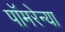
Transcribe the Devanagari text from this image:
पॉमरेन्या